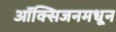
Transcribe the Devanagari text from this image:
ऑक्सिजनमधून